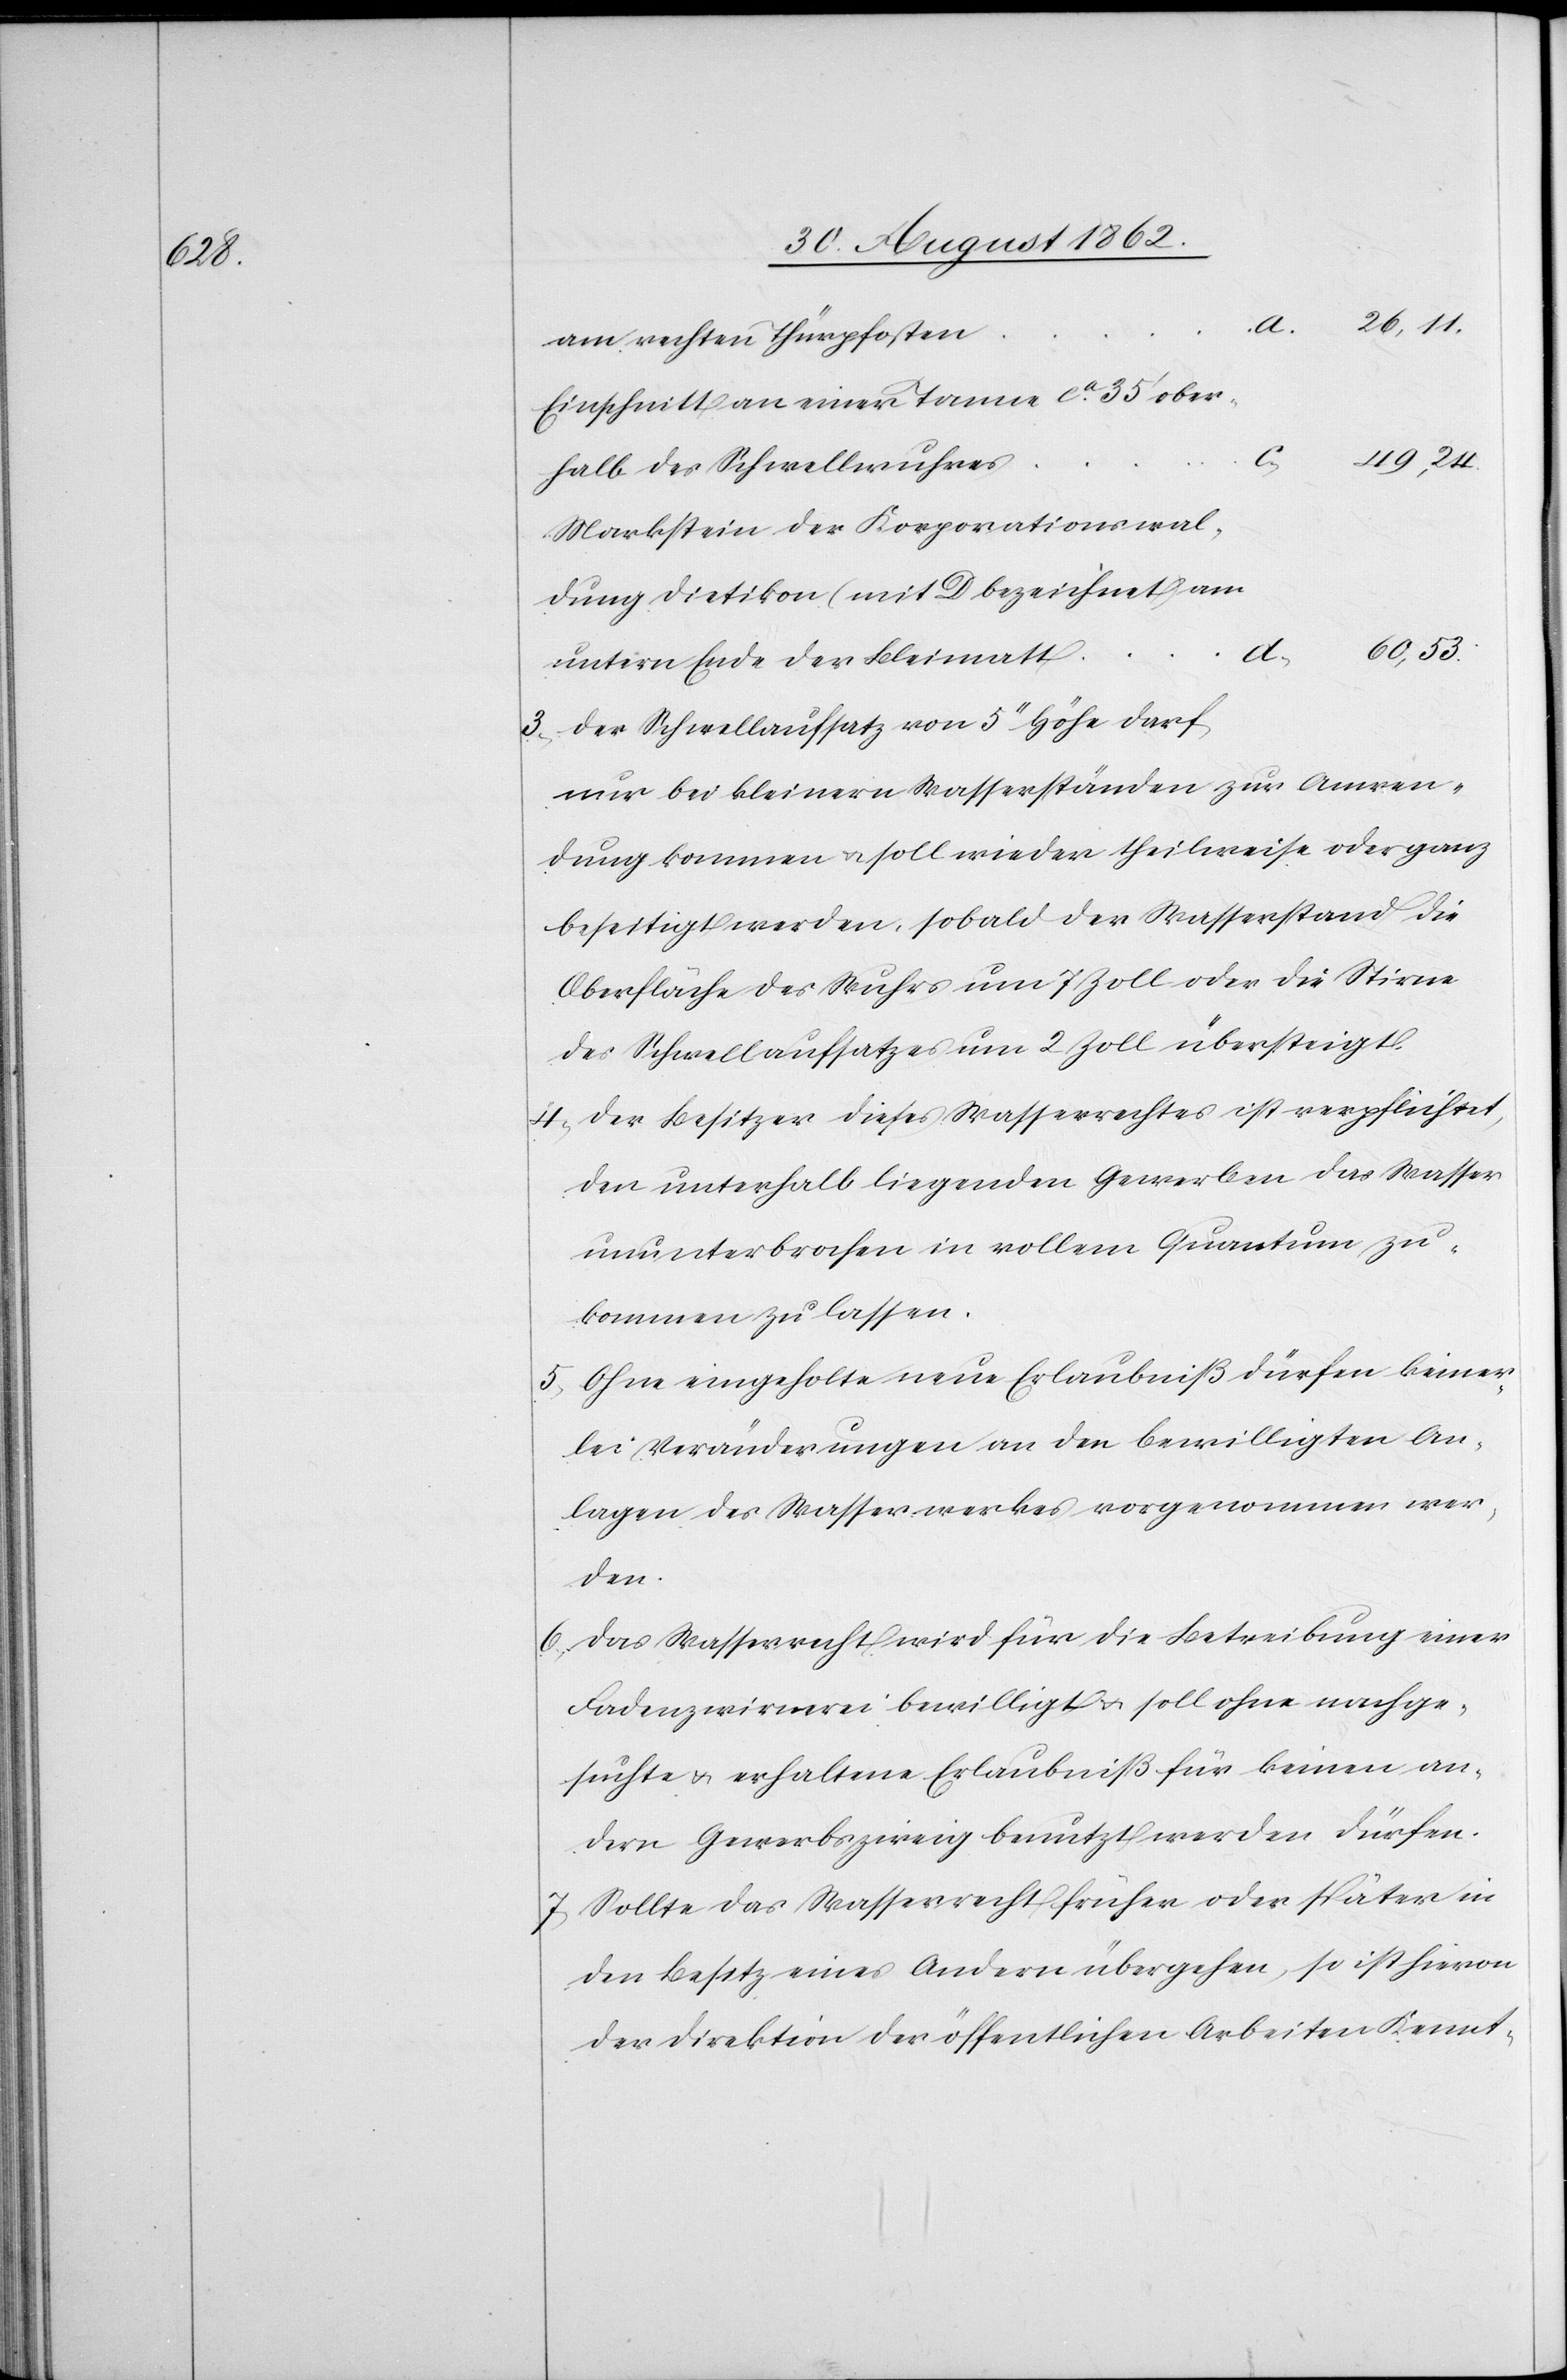
49,24.

am rechten Thürpfosten
Einschnitt an einer Tanne ca 35’ ober¬
d.
halb des Schwellwuhres
Markstein der Korporationswal¬
dung Dietikon (mit D bezeichnet) am
60,53.
untern Ende der Bleimatt
3) Der Schwellaufsatz von 5’’ Höhe darf,
nur bei kleinern Wasserständen zu Anwen¬
dung kommen u. soll wieder theilweise oder ganz
beseitigt werden, sobald der Wasserstand die
Oberfläche des Wuhrs um 7 Zoll oder die Stirne
des Schwellaufsatzes um 2 Zoll übersteigt.
4) Der Besitzer dieses Wasserrechtes ist verpflichtet,
den unterhalb liegenden Gewerben das Wasser
ununterbrochen in vollem Quantum zu¬
kommen zu lassen.
5) Ohne eingeholte neue Erlaubniß dürfen keiner¬
lei Veränderungen an den bewilligten An¬
lagen des Wasserwerkes vorgenommen wer¬
den.
6) Das Wasserrecht wird für die Betreibung einer
Fadenzwirnerei bewilligt u. soll ohne nachge¬
suchte u. erhaltene Erlaubniß für keinen an¬
dern Gewerbszweig benutzt werden dürfen.
7) Sollte das Wasserrecht früher oder später in
den Besetz eines Andern übergehen, so ist hievon
der Direktion der öffentlichen Arbeiten Kennt-